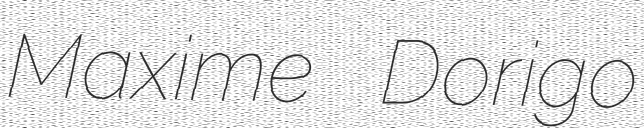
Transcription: Maxime Dorigo